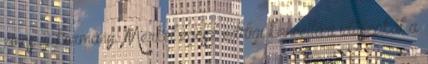
nincs új kormány. Merkel egész eddigi kancellári időszakát a